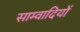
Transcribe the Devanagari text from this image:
साम्वादियों